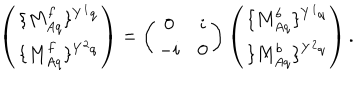
LaTeX: \left( \begin{array} { c } { { \{ M _ { A q } ^ { f } \} ^ { Y ^ { 1 } q } } } \\ { { \{ M _ { A q } ^ { f } \} ^ { Y ^ { 2 } q } } } \\ \end{array} \right) = \left( \begin{array} { c c } { { 0 } } & { { i } } \\ { { - i } } & { { 0 } } \\ \end{array} \right) \left( \begin{array} { c } { { \{ M _ { A q } ^ { b } \} ^ { Y ^ { 1 } q } } } \\ { { \{ M _ { A q } ^ { b } \} ^ { Y ^ { 2 } q } } } \\ \end{array} \right) .